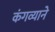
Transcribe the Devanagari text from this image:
कंगव्याने